Vaccination North-Western Provinces and Oudh 1878-1895 - 1878-1895
Year: 1878
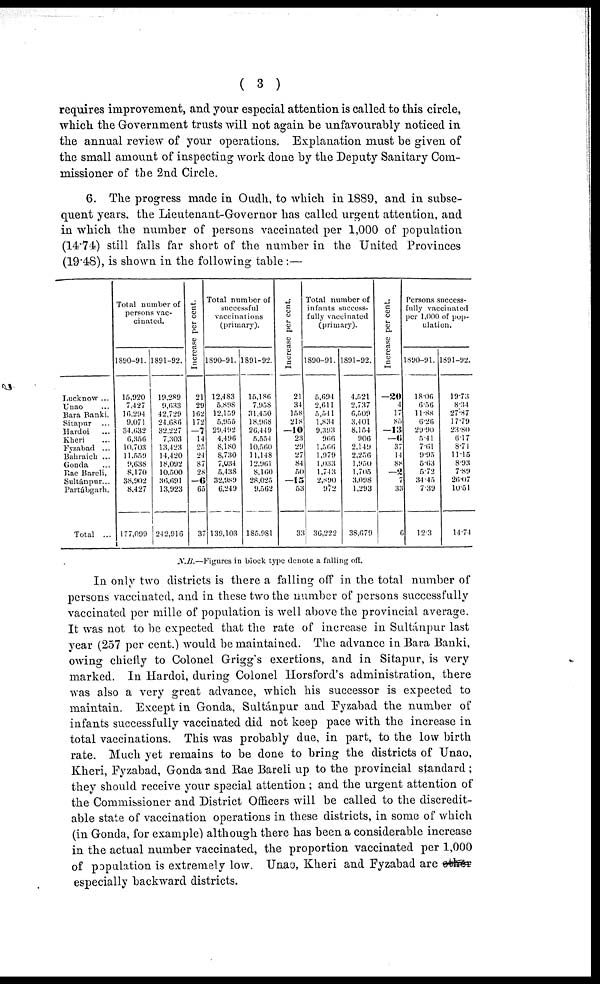
( 3 )
requires improvement, and your especial attention is called to this circle,
which the Government trusts will not again be unfavourably noticed in
the annual review of your operations. Explanation must be given of
the small amount of inspecting work done by the Deputy Sanitary Com-
missioner of the 2nd Circle.
6. The progress made in Oudh, to which in 1S89, and in subse-
quent years, the Lieutenant-Governor has called urgent attention, and
in which the number of persons vaccinated per 1,000 of population
(14.74 still falls far short of the number in the United Provinces
(19.48), is shown in the following table:—
Lucknow ...
Unao ...
Bara Banki,
Sitapur ...
Hardoi ...
Kheri ...
Fyzabad ...
Bahraich ...
Gonda ...
Rae Bareli,
Sultánpur...
Partábgarh,
Total ...
Total number of
persons vac-
cinated.
1890-91.
15,920
7,427
16,294
9,071
34,632
6,356
10,703
11,559
9,638
8,170
38,902
8,427
177,099
1891-92.
19,289
9,633
42,729
24,686
32,227
7,303
13,423
14,420
18,092
10,500
36,691
13,923
242,916
Increase per cent.
21
29
162
172
—7
14
25
24
87
28
—6
65
37
Total number of
successful
vaccinations
(primary).
1890-91.
12,483
5,898
12,159
5,955
29,492
4,496
8,180
8,730
7,034
5,438
32,989
6,249
139,103
1891-92.
15,186
7,958
31,450
18,968
26,449
5,554
10,560
11,148
12,961
8,160
28,025
9,562
185,981
Increase per cent.
21
34
158
218
—10
23
29
27
84
50
—15
53
33
Total number of
infants success-
fully vaccinated
(primary).
1890-91.
5,694
2,611
5,541
1,834
9,393
966
1,566
1,979
1,033
1,743
2,890
972
36,222
1891-92.
4,521
2,737
6,509
3,401
8,154
906
2,149
2,256
1,950
1,705
3,098
1,293
38,679
Increase per cent.
—20
4
17
85
—13
—6
37
14
88
—2
7
33
6
Persons success-
fully vaccinated
per 1,000 of pop-
ulation.
1890-91.
18.06
6.56
11.88
6.26
29.90
5.41
7.61
9.95
5.63
5.72
34.45
7.39
12.3
1891-92.
19.73
8.34
27.87
17.79
23.80
6.17
8.74
11.15
8.93
7.89
26.07
10.51
14.74
N.B.—Figures in block type denote a falling off.
In only two districts is there a falling off in the total number of
persons vaccinated, and in these two the number of persons successfully
vaccinated per mille of population is well above the provincial average.
It was not to be expected that the rate of increase in Sultánpur last
year (257 per cent.) would be maintained. The advance in Bara Banki,
owing chiefly to Colonel Grigg's exertions, and in Sitapur, is very
marked. In Hardoi, during Colonel Horsford's administration, there
was also a very great advance, which his successor is expected to
maintain. Except in Gonda, Sultánpur and Eyzabad the number of
infants successfully vaccinated did not keep pace with the increase in
total vaccinations. This was probably due, in part, to the low birth
rate. Much yet remains to be done to bring the districts of Unao,
Kheri, Fyzabad, Gonda and Rae Bareli up to the provincial standard ;
they should receive your special attention; and the urgent attention of
the Commissioner and District Officers will be called to the discredit-
able state of vaccination operations in these districts, in some of which
(in Gonda, for example) although there has been a considerable increase
in the actual number vaccinated, the proportion vaccinated per 1,000
of population is extremely low. Unao, Kheri and Fyzabad are other
especially backward districts.